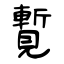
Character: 覱